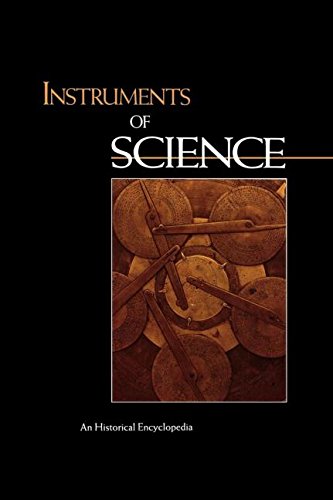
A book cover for Instruments of Science: An Historical Encyclopedia (Garland Encyclopedias in the History of Science); Science & Math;